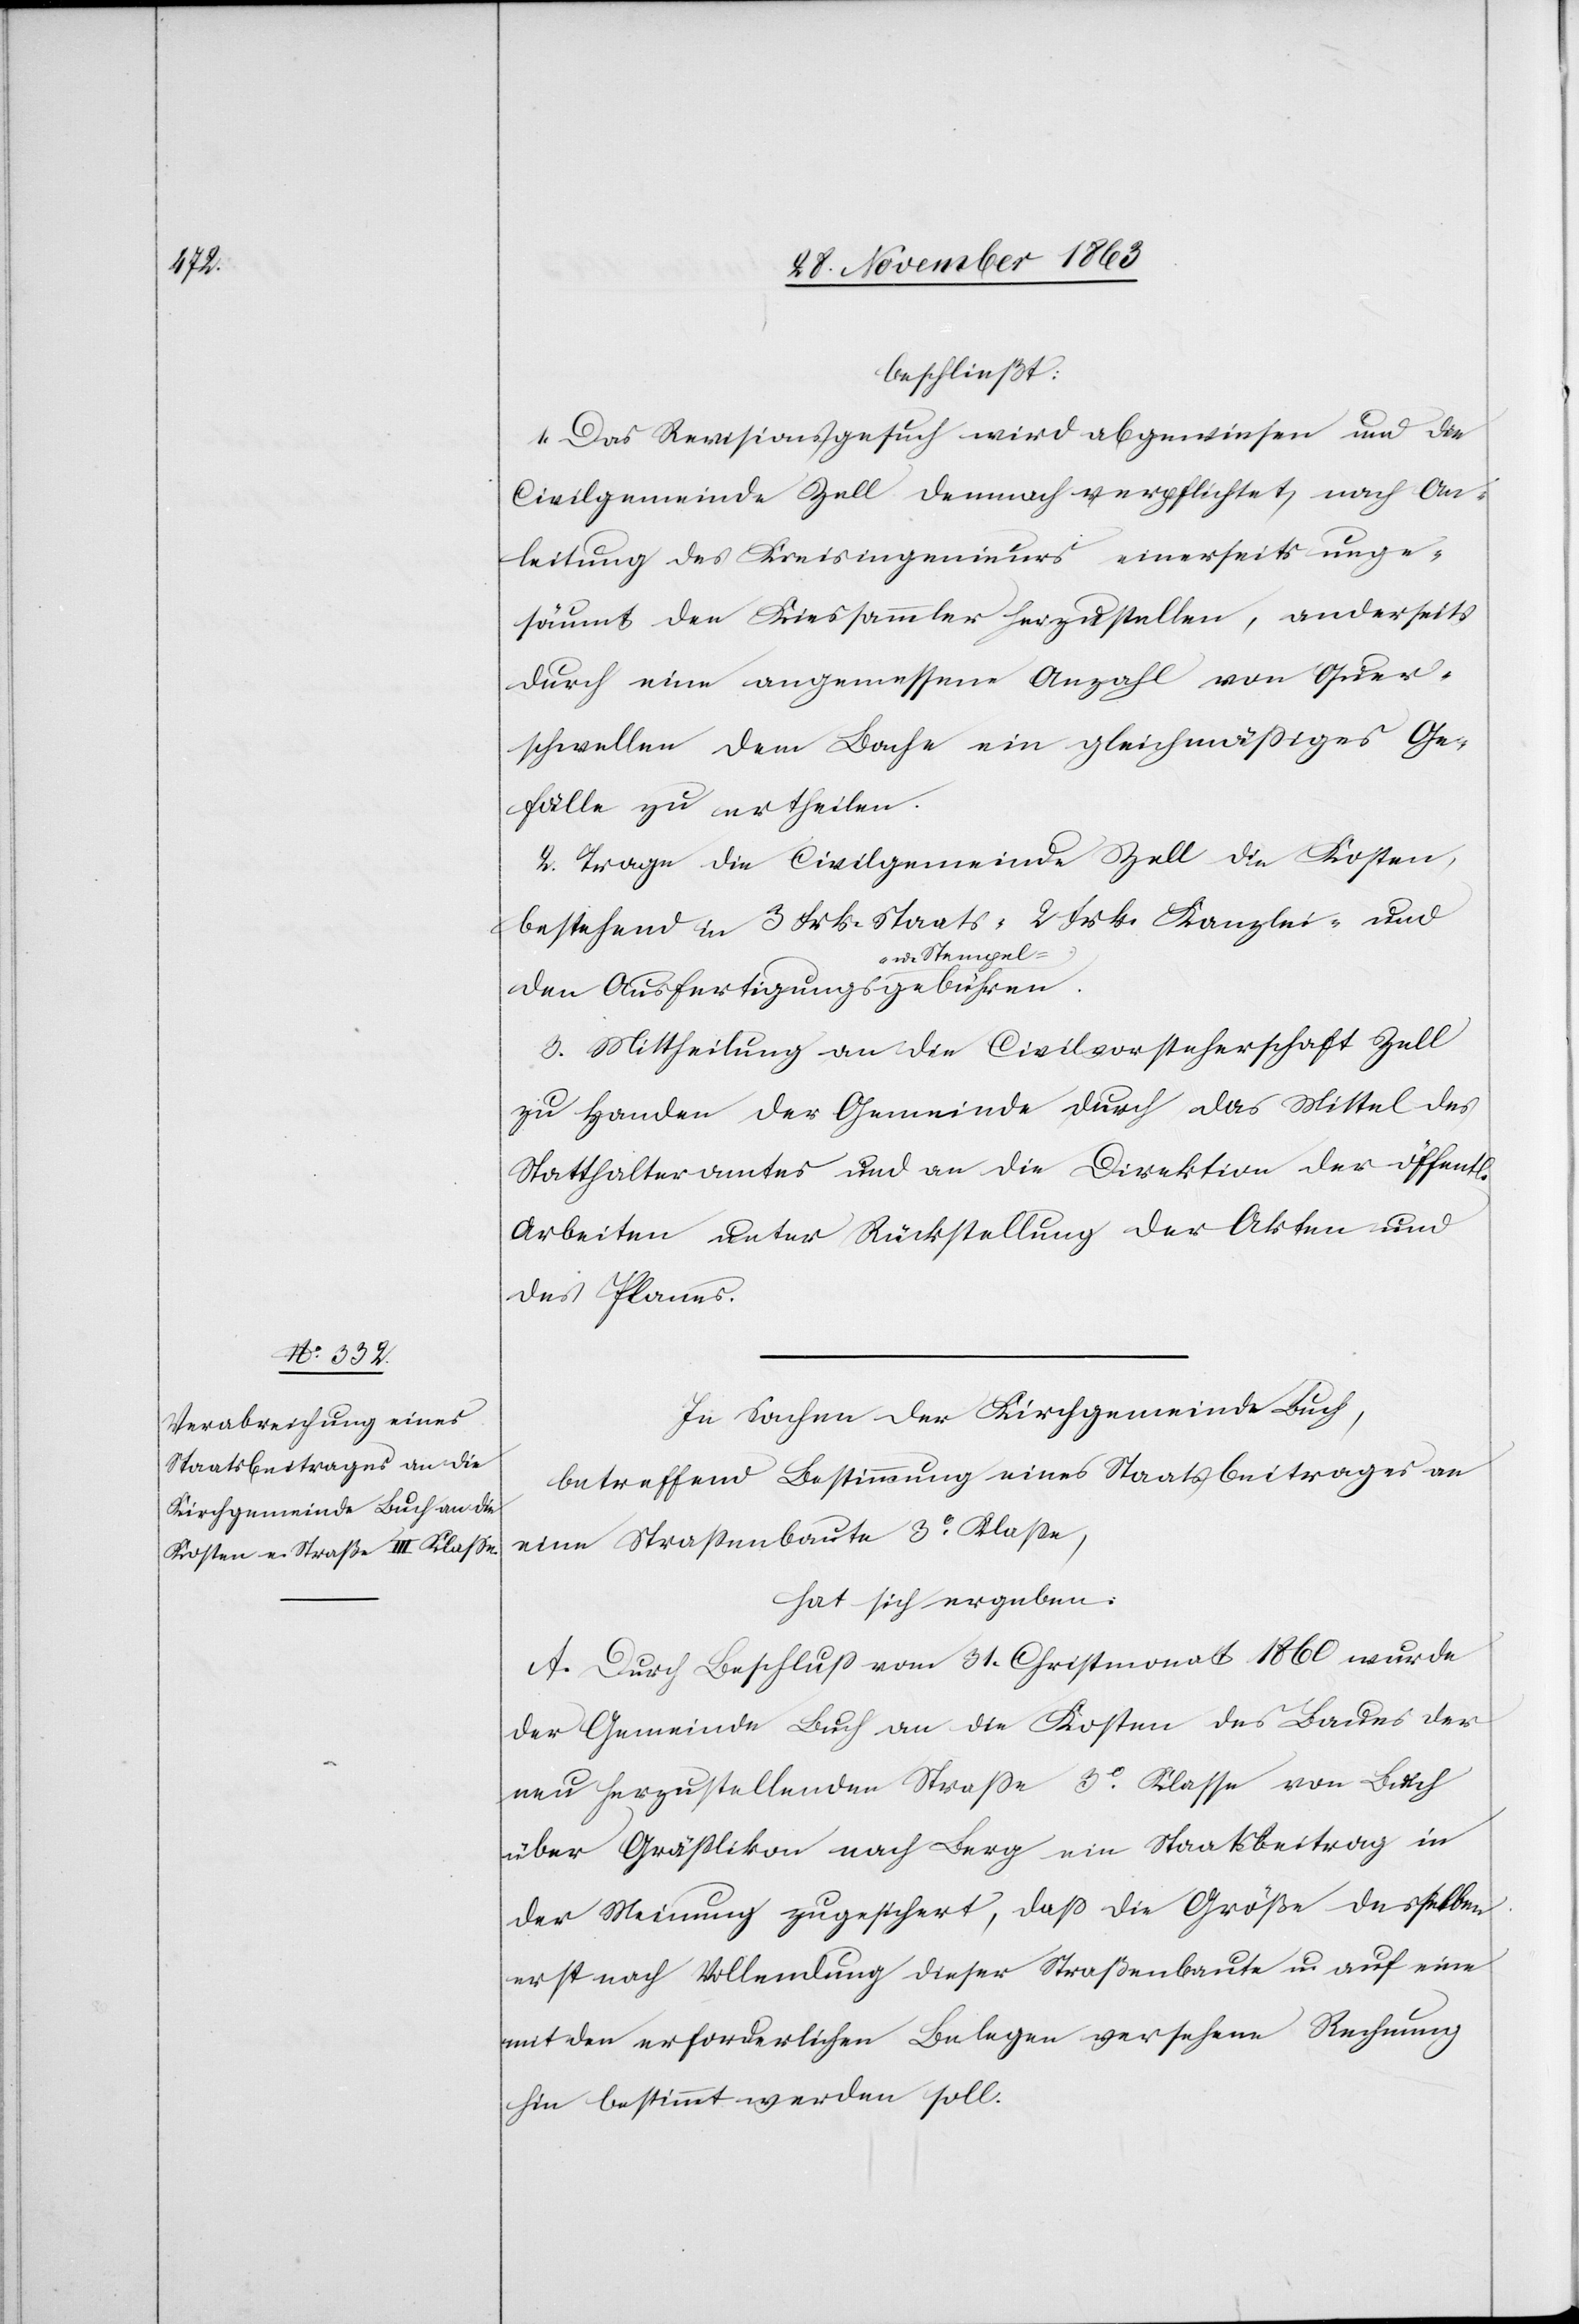
beschließt:
1. Das Revisionsgesuch wird abgewiesen und die
Civilgemeinde Zell demnach verpflichtet, nach An¬
leitung des Kreisingenieurs einerseits unge¬
säumt den Kiessammler herzustellen, anderseits
durch eine angemessene Anzahl von Quer¬
schwellen dem Bache ein gleichmässiges Ge¬
fälle zu ertheilen.
2. Trage die Civilgemeinde Zell die Kosten,
bestehend in 3 Frk. Staats-[,] 2 Frk. Kanzlei- und
3. Mittheilung an die Civilvorsteherschaft Zell
zu Handen der Gemeinde durch das Mittel des
Statthalteramtes und an die Direktion der öffentl.
Arbeiten unter Rückstellung der Akten und
des Planes.
In Sachen der Kirchgemeinde Buch,
betreffend Bestimmung eines Staatsbeitrages an
eine Strassenbaute 3o Klasse,
hat sich ergeben:
A. Durch Beschluß vom 31. Christmonat 1860 wurde
der Gemeinde Buch an die Kosten des Baues der
neu herzustellenden Strasse 3o Klasse von Buch
über Grässlikon nach Berg ein Staatsbeitrag in
der Meinung zugesichert, dass die Größe desselben
erst nach Vollendung dieser Straßenbaute u. auf eine
mit den erforderlichen Belegen versehene Rechnung
hin bestimmt werden soll.